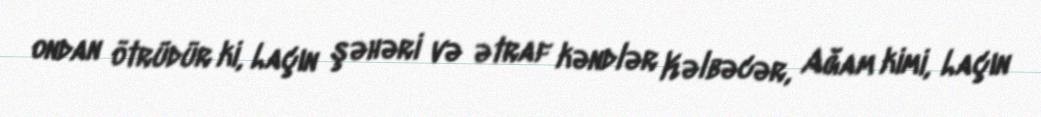
ondan ötrüdür ki, Laçın şəhəri və ətraf kəndlər Kəlbəcər, Ağam kimi, Laçın